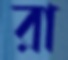
রা